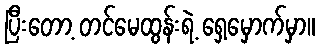
ပြီးတော့ တင်မေထွန်းရဲ့ ရှေ့မှောက်မှာ။